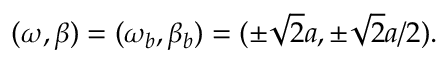
\begin{array} { r } { ( \omega , \beta ) = ( \omega _ { b } , \beta _ { b } ) = ( \pm \sqrt { 2 } a , \pm \sqrt { 2 } a / 2 ) . } \end{array}